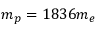
m _ { p } = 1 8 3 6 m _ { e }